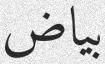
بياض